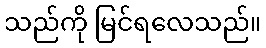
သည်ကို မြင်ရလေသည်။